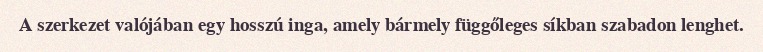
A szerkezet valójában egy hosszú inga, amely bármely függőleges síkban szabadon lenghet.